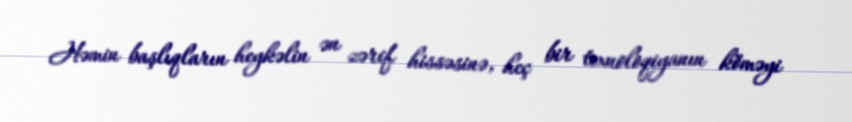
Həmin başlıqların heykəlin ən zərif hissəsinə, heç bir texnoloqiyanın köməyi